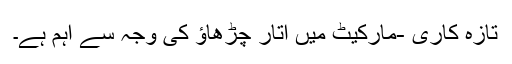
تازہ کاری -مارکیٹ میں اتار چڑھاؤ کی وجہ سے اہم ہے۔